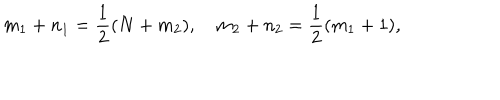
m _ { 1 } + n _ { 1 } = \frac { 1 } { 2 } ( N + m _ { 2 } ) , \quad m _ { 2 } + n _ { 2 } = \frac { 1 } { 2 } ( m _ { 1 } + 1 ) ,